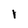
Character: l